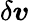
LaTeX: \delta\boldsymbol{v}